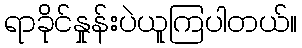
ရာခိုင်နှုန်းပဲယူကြပါတယ်။